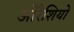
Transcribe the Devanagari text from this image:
ओरैशियो